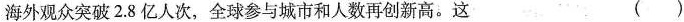
海外观众突破2.8亿人次，全球参与城市和人数再创新高。这 ( )